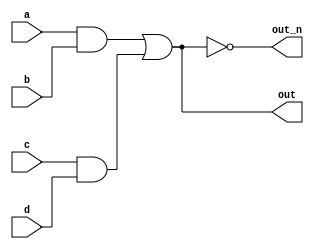
`timescale 1ns / 1ps
//////////////////////////////////////////////////////////////////////////////////
// Company: 
// Engineer: 
// 
// Design Name: 
// Module Name: verilog
// Project Name: 
// Target Devices: 
// Tool Versions: 
// Description: 
// 
// Dependencies: 
// 
// Revision:
// Revision 0.01 - File Created
// Additional Comments:
// 
//////////////////////////////////////////////////////////////////////////////////
`default_nettype none  
module top_module(  
    input a,  
    input b,  
    input c,  
    input d,  
    output out,  
    output out_n   );   
    wire x,y;  
	    assign x = a && b;  
	    assign y = c&& d;  
	    assign out = x || y;  
	    assign out_n = ~(x || y);  
endmodule